Juri_Uluots, lk 30
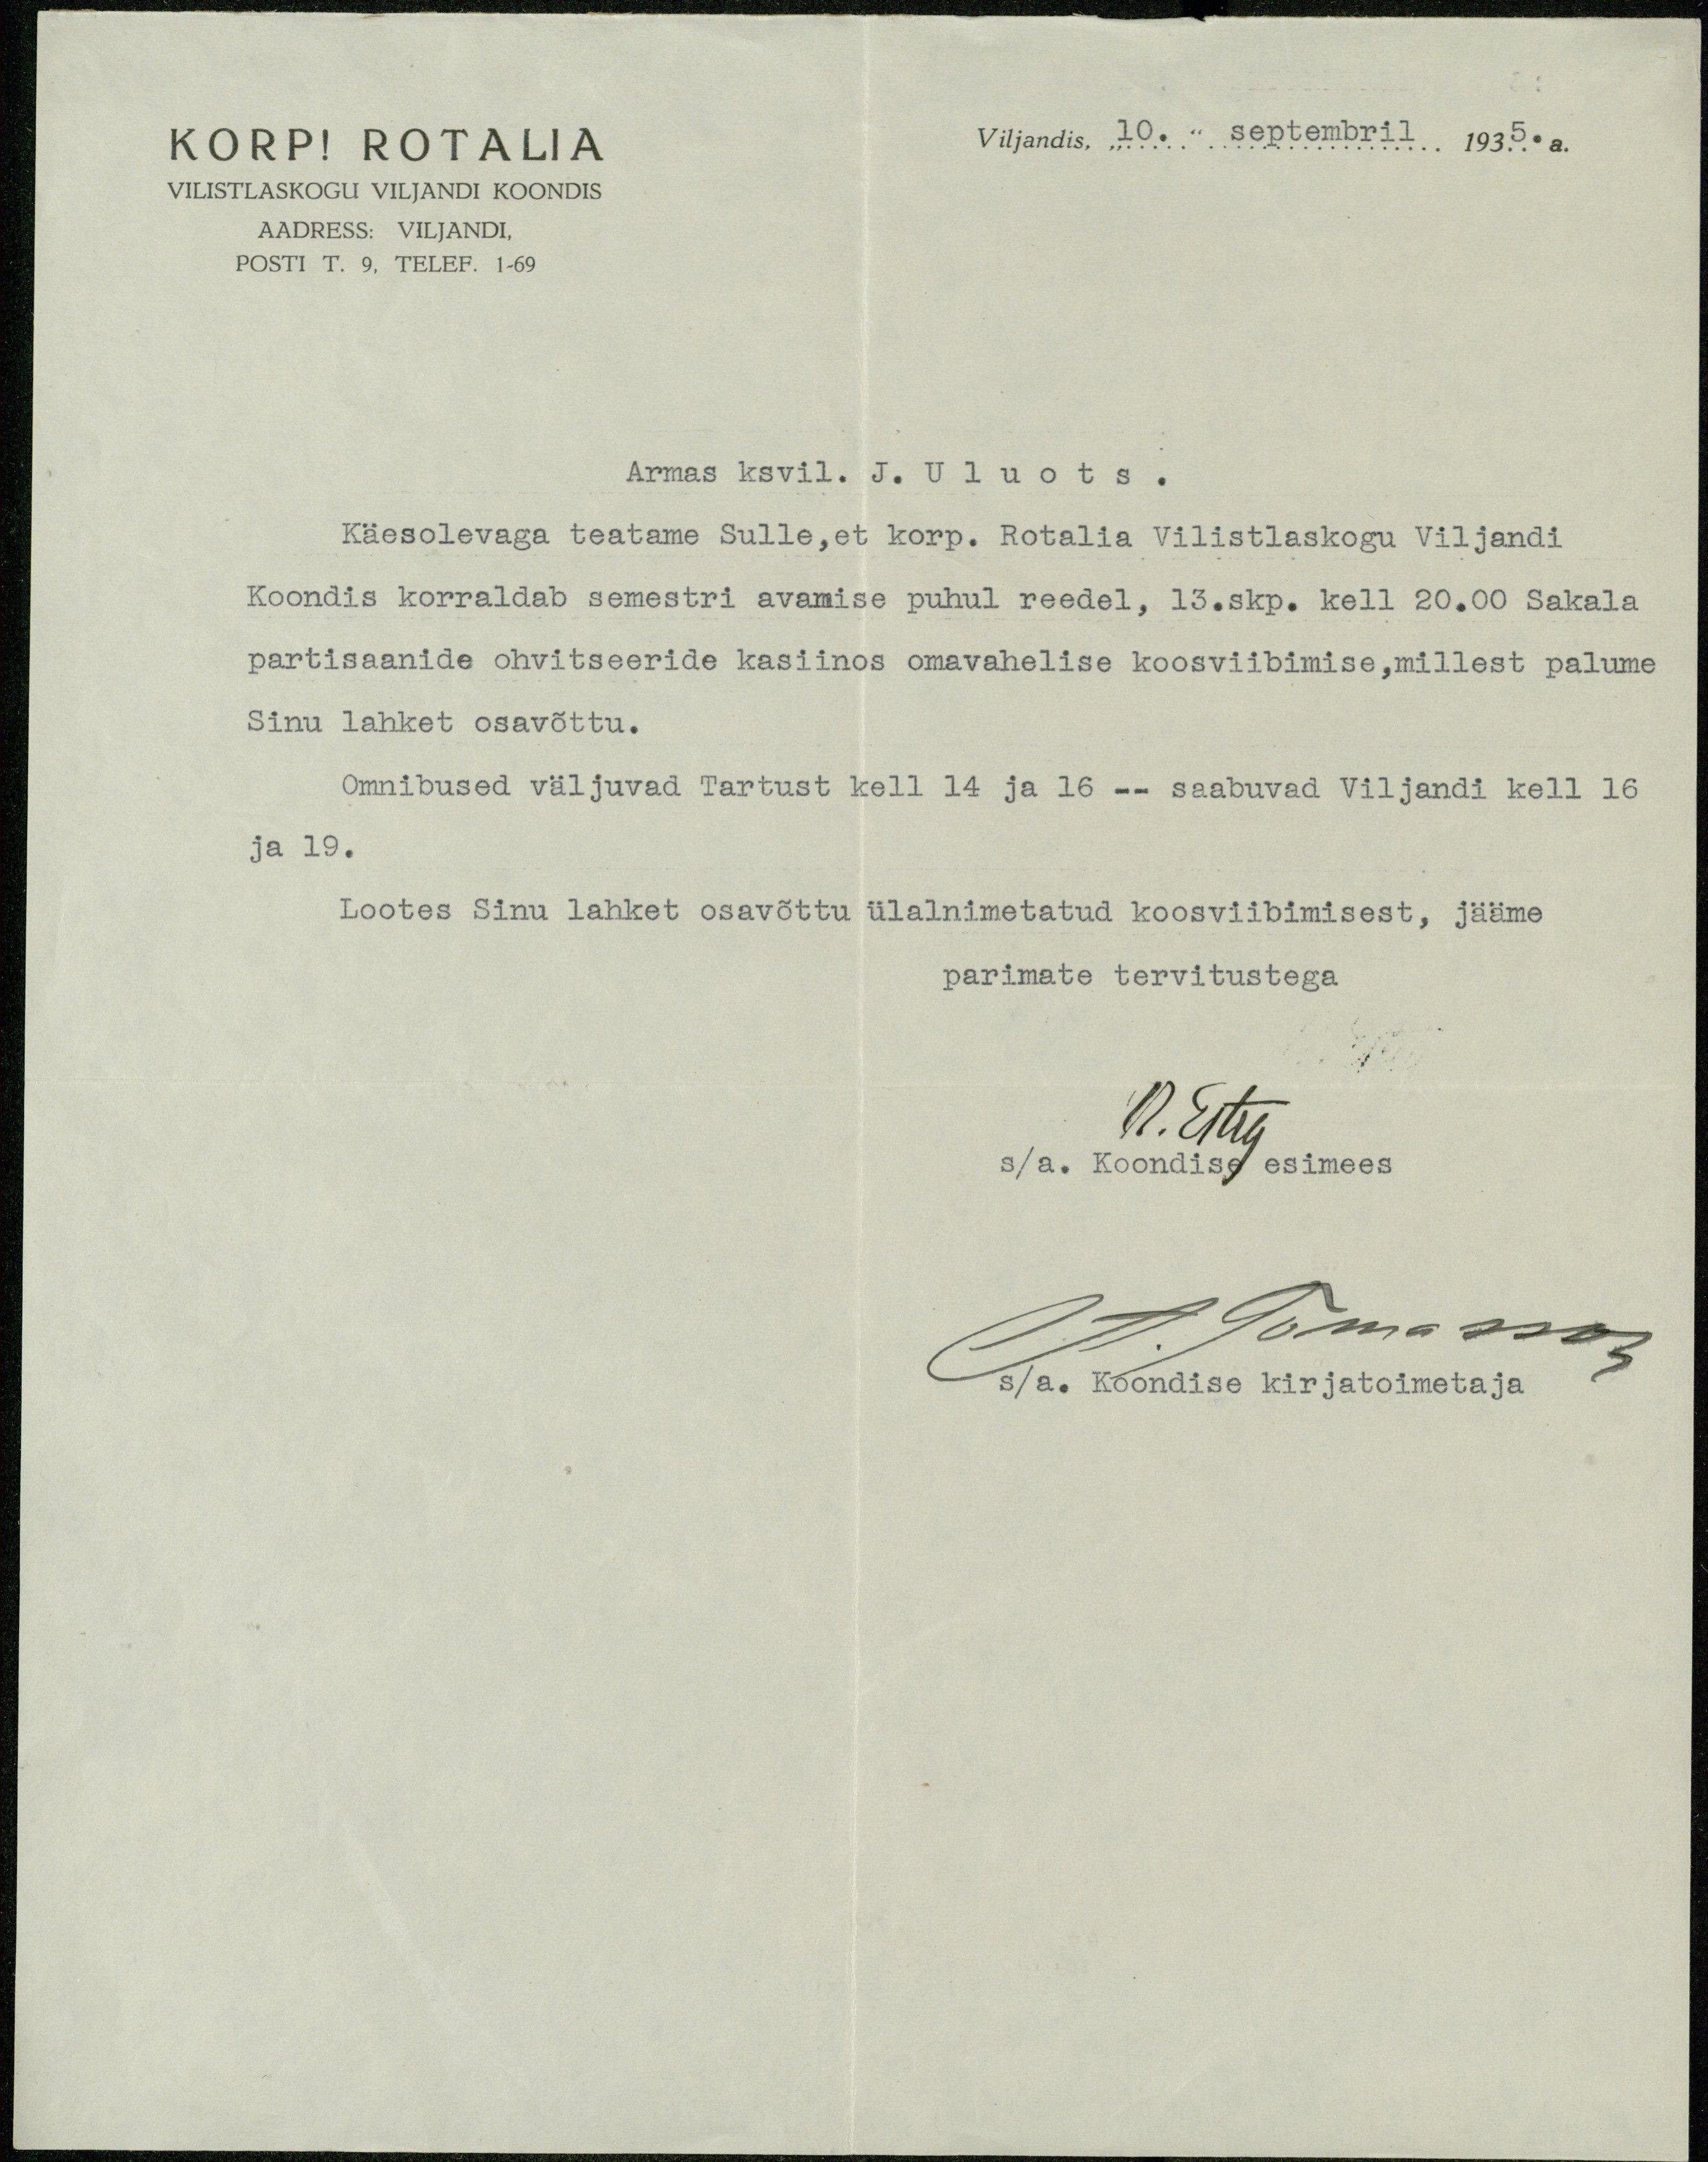
KORP! ROTALIA
Viljandis, 10. " septembril 1935.a.
VILISTLASKOGU VILJANDI KOONDIS
AADRESS: VILJANDI.
Posti T. 9. TELEF. 1-69
Armas ksvil. J. U l u o t s .
Käesolevaga teatame Sulle,et korp. Rotalia Vilistlaskogu Viljandi
Koondis korraldab semestri avamise puhul reedel, 13.skp. kell 20.00 Sakala
partisaanide ohvitseeride kasiinos omavahelise koosviibimise,millest palume
Sinu lahket osavõttu.
Omnibused väljuvad Tartust kell 14 ja 16 - saabuvad Viljandi kell 16
ja 19.
Lootes Sinu lahket osavõttu ülalnimetatud koosviibimisest, jääme
parimate tervitustega
A. Ertig
s/a. Koondise esimees
Ott. Tomasson
s/a. Koondise kirjatoimetaja